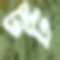
টট